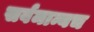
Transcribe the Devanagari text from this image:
सर्वमान्यच